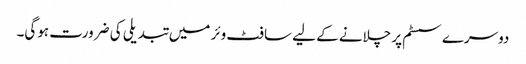
دوسرے سسٹم پر چلانے کے لیے سافٹ وئر میں تبدیلی کی ضرورت ہوگی۔